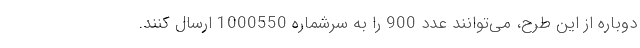
دوباره از این طرح، می‌توانند عدد 900 را به سرشماره 1000550 ارسال کنند.